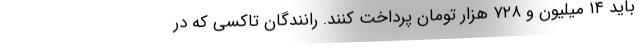
باید ۱۴ میلیون و ۷۲۸ هزار تومان پرداخت کنند. رانندگان تاکسی که در